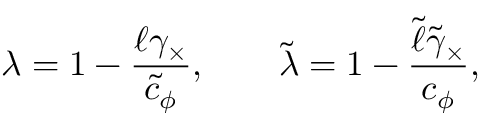
\lambda = 1 - \frac { \ell \gamma _ { \times } } { \tilde { c } _ { \phi } } , \qquad \tilde { \lambda } = 1 - \frac { \tilde { \ell } \tilde { \gamma } _ { \times } } { c _ { \phi } } ,